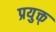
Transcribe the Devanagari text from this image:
प्रयुक्त्